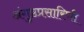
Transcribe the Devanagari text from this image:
अंगुष्ठप्रसारिणी